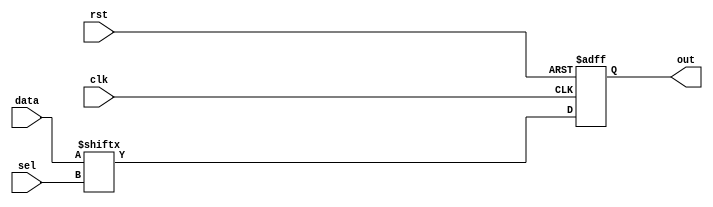
module MUX_8x1(input wire clk,
               input wire rst,
               input wire [2:0] sel,
               input wire [7:0] data,
               output reg out);
    
    wire out_comb;
    
    always@(posedge clk or negedge rst)
    begin
        if (!rst)
        begin
            // IDLE bit is high
            out <= 1'b1;
        end
        else
        begin
            out <= out_comb;
        end
    end
    
    assign out_comb = data[sel];
    
endmodule